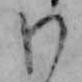
わ